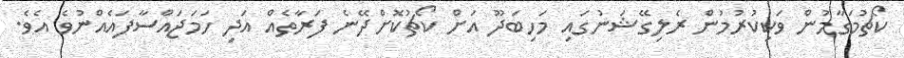
ކޯޗުމަގާމުން ވަކިކުރުމުން ރެލިގޭޝަނުގައި މަހިބަދޫ އަށް ކޯޗުކޮށްދޭނެ ފަރާތެއް އަދި ހަމަޖައްސާފައެއްނުވެ އެވެ.